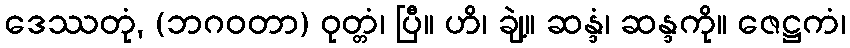
ဒေဿတုံ, (ဘဂဝတာ) ဝုတ္တံ၊ ပြီ။ ဟိ၊ ချဲ့။ ဆန္ဒံ၊ ဆန္ဒကို။ ဇေဋ္ဌကံ၊